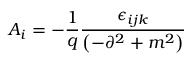
A _ { i } = - \frac { 1 } { q } \frac { \epsilon _ { i j k } } { \left( - \partial ^ { 2 } + m ^ { 2 } \right) }